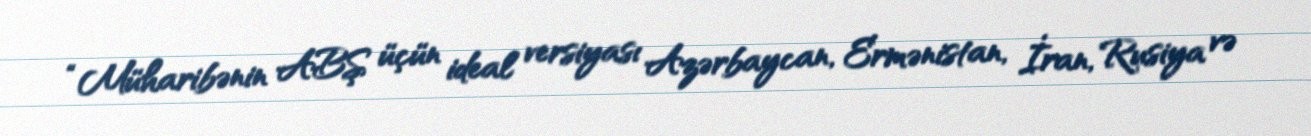
“Müharibənin ABŞ üçün ideal versiyası Azərbaycan, Ermənistan, İran, Rusiya və